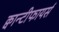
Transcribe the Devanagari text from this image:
क्वान्टीफायर्स